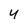
Character: 4